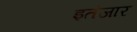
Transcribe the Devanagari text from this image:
इतंजार